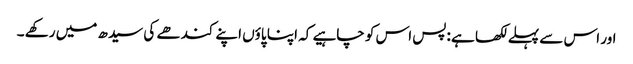
اور اس سے پہلے لکھا ہے :پس اس کو چاہیے کہ اپنا پاؤں اپنے کندھے کی سیدھ میں رکھے ۔